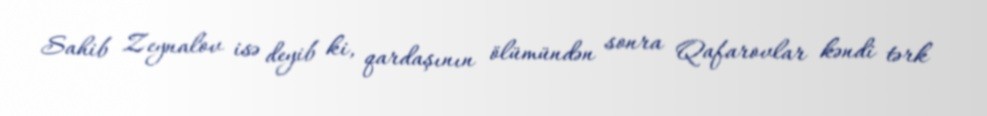
Sahib Zeynalov isə deyib ki, qardaşının ölümündən sonra Qafarovlar kəndi tərk